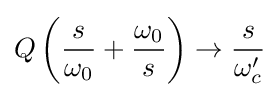
Q\left({\frac {s}{\omega _{0}}}+{\frac {\omega _{0}}{s}}\right)\to {\frac {s}{\omega _{c}'}}